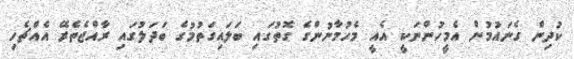
ކުދިން ގެނައުމުން އެމީހުންނަކީ އެއީ މެހުމާނުންގެ ގޮތުގައި ބަލައިގަތުމުގެ ބަދަލުގައި ރާއްޖެތެރޭ އެއްޗެހި